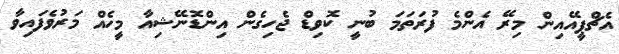
އެޗްޕީއޭއިން މިރޭ އެންމެ ފުރަތަމަ ބުނީ ކޮވިޑް ޖެހިގެން އިންޑޮނޭޝިއާ މީހެއް މަރުވެފައިވާ